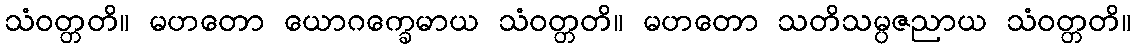
သံဝတ္တတိ။ မဟတော ယောဂက္ခေမာယ သံဝတ္တတိ။ မဟတော သတိသမ္ပဇညာယ သံဝတ္တတိ။